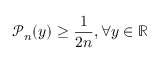
\mathcal { P } _ { n } ( y ) \ge \frac { 1 } { 2 n } , \forall y \in \mathbb { R }